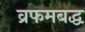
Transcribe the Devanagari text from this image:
व्रफमबद्ध